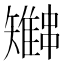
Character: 𫡍